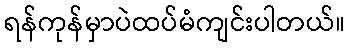
ရန်ကုန်မှာပဲထပ်မံကျင်းပါတယ်။